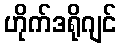
ဟိုက်ဒရိုဂျင်